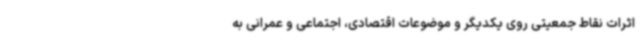
اثرات نقاط جمعیتی روی یکدیگر و موضوعات اقتصادی، اجتماعی و عمرانی به